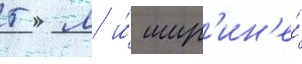
5 м и́ шир'ин'е́